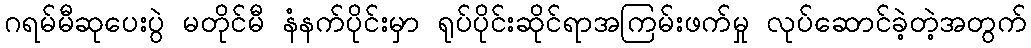
ဂရမ်မီဆုပေးပွဲ မတိုင်မီ နံနက်ပိုင်းမှာ ရုပ်ပိုင်းဆိုင်ရာအကြမ်းဖက်မှု လုပ်ဆောင်ခဲ့တဲ့အတွက်